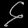
Digit: ၄